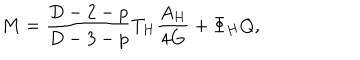
M = \frac { D - 2 - p } { D - 3 - p } T _ { H } \frac { A _ { H } } { 4 G } + \Phi _ { H } Q ,